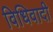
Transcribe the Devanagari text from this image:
विधिवादी